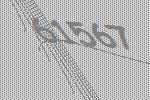
61567